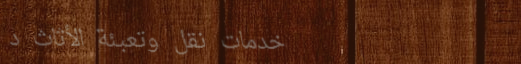
خدمات نقل وتعبئة الأثاث د